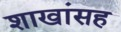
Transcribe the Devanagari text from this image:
शाखांसह